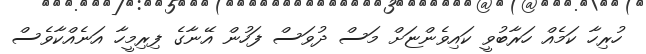
ހުރިހާ ކަމެއް ހަރާބުވީ ކައިވެންޏަށް މަސް ދުވަސް ފަހުން އޭނާގެ ފިރިމީހާ އަނެއްކާވެސް